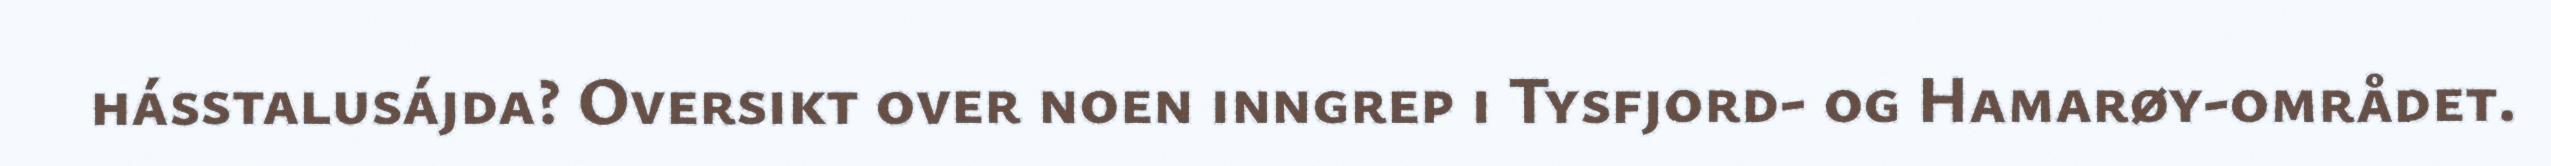
hásstalusájda? Oversikt over noen inngrep i Tysfjord- og Hamarøy-området.